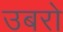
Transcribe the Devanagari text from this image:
उबरो